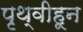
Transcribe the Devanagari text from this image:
पृथ्वीहून